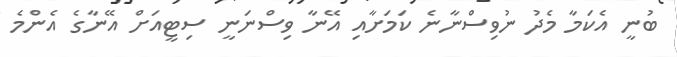
ބުނީ އެކަމާ މެދު ނުވިސްނާނެ ކަމަށާއި އޭނާ ވިސްނަނީ ސިޓީއަށް އޭނާގެ އެންމެ